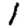
Digit: 1